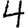
Digit: 4